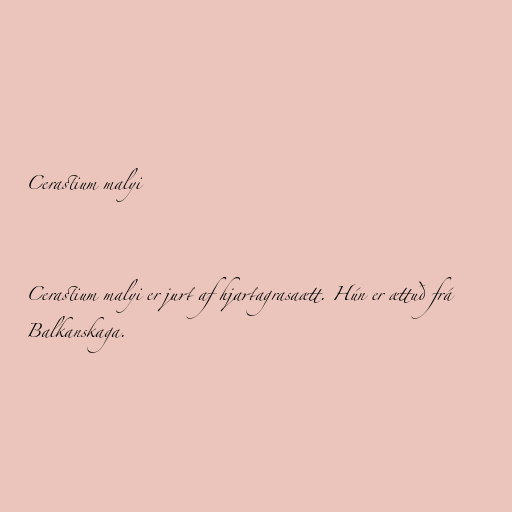
Cerastium malyi

Cerastium malyi er jurt af hjartagrasaætt. Hún er ættuð frá
Balkanskaga.